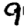
Digit: 9